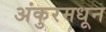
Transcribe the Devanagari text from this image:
अंकुरमधून